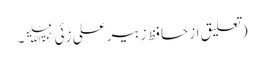
(تعلیق از حافظ زبیر علی زئی﷫۔